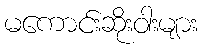
မကောင်းဆိုးဝါးများ